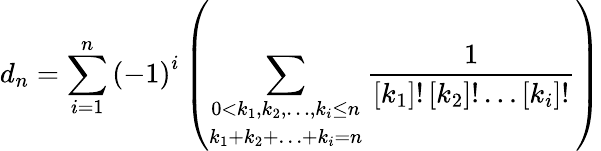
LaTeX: d_{n}=\sum_{i=1}^{n}{\left(-1\right)^{i}\left(\sum_{\begin{array}{c}{{0<k_{1},k_{2},\ldots,k_{i}\leq n}}\\ {{k_{1}+k_{2}+\ldots+k_{i}=n}}\end{array}}\frac{1}{\left[k_{1}\right]!\left[k_{2}\right]!\ldots\left[k_{i}\right]!}\right)}